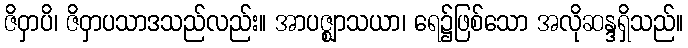
ဇိဝှာပိ၊ ဇိဝှာပသာဒသည်လည်း။ အာပဇ္ဈာသယာ၊ ရေ၌ဖြစ်သော အလိုဆန္ဒရှိသည်။